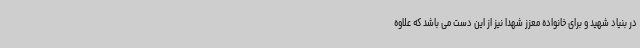
در بنیاد شهید و برای خانواده معزز شهدا نیز از این دست می باشد که علاوه